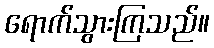
ရောက်သွားကြသည်။